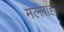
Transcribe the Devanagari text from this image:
मल्लाही